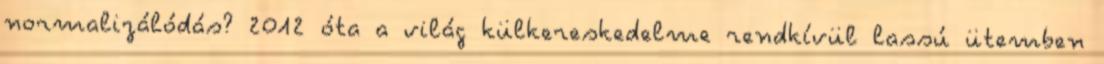
normalizálódás? 2012 óta a világ külkereskedelme rendkívül lassú ütemben